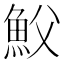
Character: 𩵹